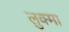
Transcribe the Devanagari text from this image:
लुक्मा